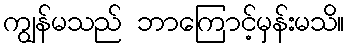
ကျွန်မသည် ဘာကြောင့်မှန်းမသိ။